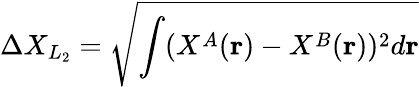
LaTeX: \Delta X_{L_{2}}=\sqrt{\int(X^{A}(\mathbf{r})-X^{B}(\mathbf{r}))^{2}d\mathbf{r}}